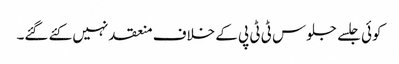
کوئی جلسے جلوس ٹی ٹی پی کے خلاف منعقد نہیں کئے گئے۔